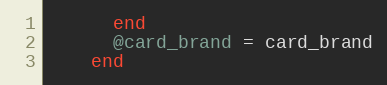
Language: Ruby
      end
      @card_brand = card_brand
    end